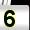
Digit: 5